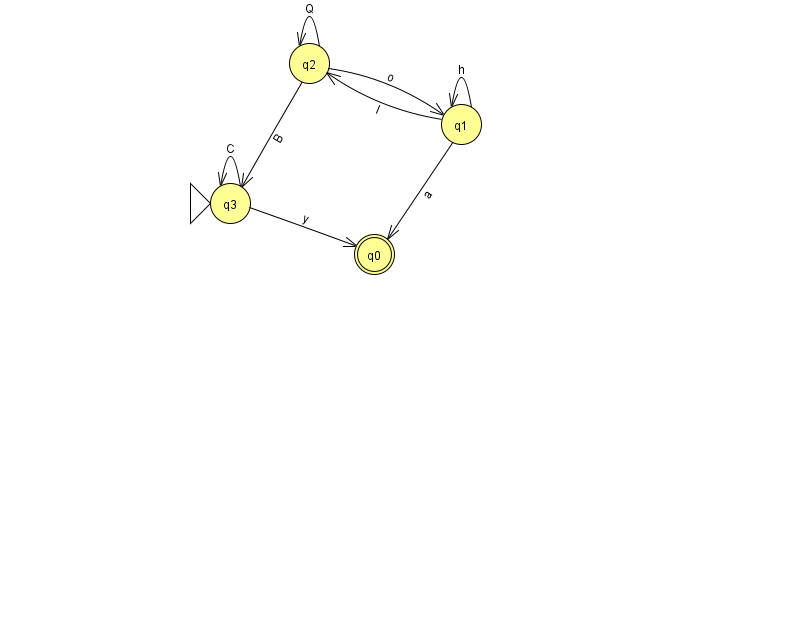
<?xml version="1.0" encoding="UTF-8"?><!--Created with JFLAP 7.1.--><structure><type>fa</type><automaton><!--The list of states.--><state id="0" name="q0"><x>374.0</x><y>241.0</y><final/></state><state id="1" name="q1"><x>461.0</x><y>111.0</y></state><state id="2" name="q2"><x>309.0</x><y>50.0</y></state><state id="3" name="q3"><x>230.0</x><y>190.0</y><initial/></state><!--The list of transitions.--><transition><from>2</from><to>2</to><read>Q</read></transition><transition><from>1</from><to>2</to><read>I</read></transition><transition><from>3</from><to>3</to><read>C</read></transition><transition><from>2</from><to>1</to><read>o</read></transition><transition><from>2</from><to>3</to><read>B</read></transition><transition><from>1</from><to>1</to><read>h</read></transition><transition><from>3</from><to>0</to><read>y</read></transition><transition><from>1</from><to>0</to><read>a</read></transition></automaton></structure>